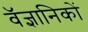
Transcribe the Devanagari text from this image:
वॅज्ञानिकों